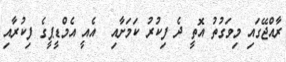
ރާއްޖޭގައި މިވަގުތު އޮތީ ދެ ފިކުރު ކަމަށާއި  އެއީ އެމްޑީޕީގެ ފިކުރާއި